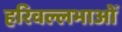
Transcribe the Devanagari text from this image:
हरिवल्लभाओं